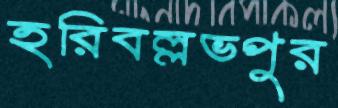
হরিবল্লভপুর